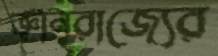
জ্ঞানরাজ্যের